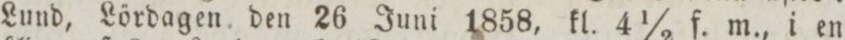
Lund, Lördagen den 26 Juni 1858, kl. 4 ½ f. m., i en